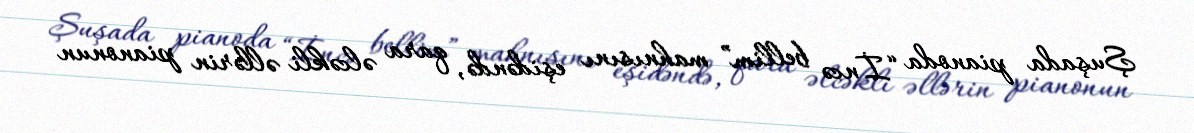
Şuşada pianoda “İncə bellim” mahnısını eşidəndə, qara əlcəkli əllərin pianonun